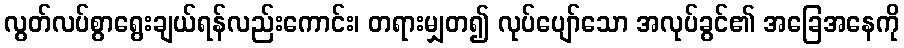
လွတ်လပ်စွာရွေးချယ်ရန်လည်းကောင်း၊ တရားမျှတ၍ လုပ်ပျော်သော အလုပ်ခွင်၏ အခြေအနေကို